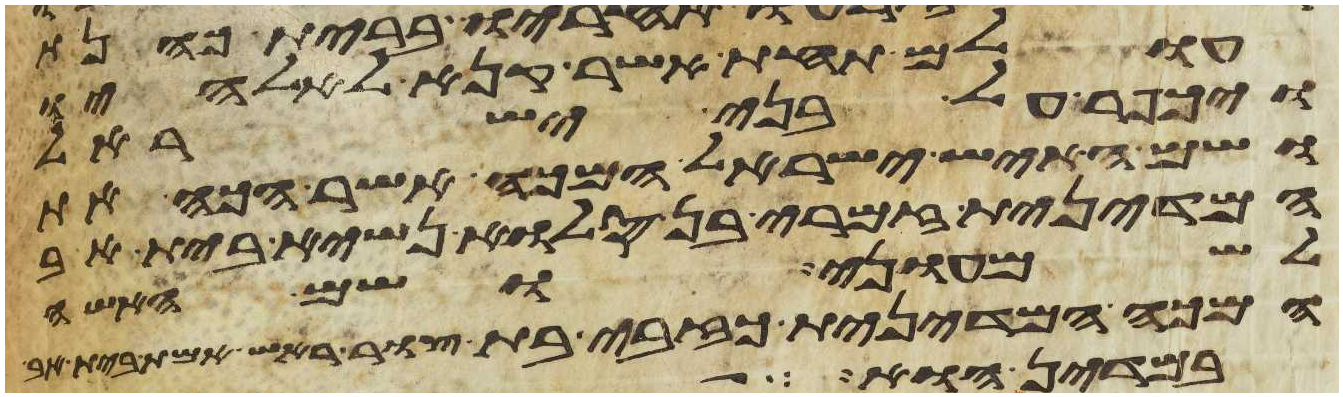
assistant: עולם תחת אשר קנא לאלהיו
ויכפר על בני ישראל
ושם האיש ישראל המכה אשר הכה את
המדינית זמרי בן סלוא נשיא בית אב
לשמעוני ושם האשה
המכה המדינית כזבית בת צור ראש אמת בית אב